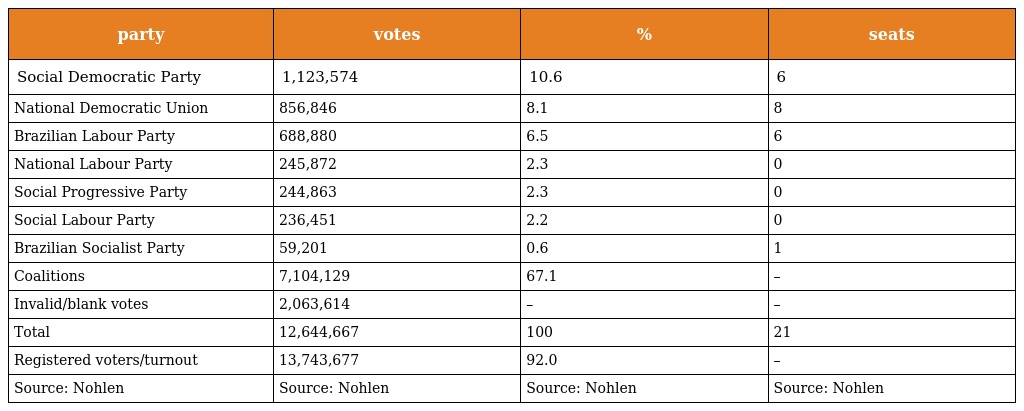
| party | votes | % | seats |
 | --- | --- | --- | --- |
 | Social Democratic Party | 1,123,574 | 10.6 | 6 |
 | National Democratic Union | 856,846 | 8.1 | 8 |
 | Brazilian Labour Party | 688,880 | 6.5 | 6 |
 | National Labour Party | 245,872 | 2.3 | 0 |
 | Social Progressive Party | 244,863 | 2.3 | 0 |
 | Social Labour Party | 236,451 | 2.2 | 0 |
 | Brazilian Socialist Party | 59,201 | 0.6 | 1 |
 | Coalitions | 7,104,129 | 67.1 | – |
 | Invalid/blank votes | 2,063,614 | – | – |
 | Total | 12,644,667 | 100 | 21 |
 | Registered voters/turnout | 13,743,677 | 92.0 | – |
 | Source: Nohlen | Source: Nohlen | Source: Nohlen | Source: Nohlen |